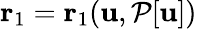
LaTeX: \mathbf{r}_{1}=\mathbf{r}_{1}(\mathbf{u},\mathcal{P}[\mathbf{u}])